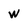
Character: w